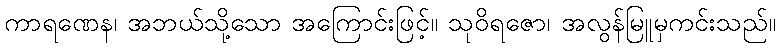
ကာရဏေန၊ အဘယ်သို့သော အကြောင်းဖြင့်။ သုဝိရဇော၊ အလွန်မြူမှကင်းသည်။